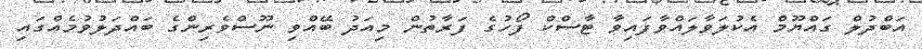
އަބްދުލް ގައްޔޫމް އެކުލަވާލައްވާފައިވާ ޓާސްކް ފޯހުގެ ފަރާތުން މިއަދު ބޭއްވި ނޫސްވެރިންގެ ބައްދަލުވުމެއްގައި